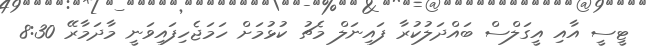
ޓީސީ އާއި އީގަލްސް ބައްދަލުކުރާ ފައިނަލް މެޗު ކުޅުމަށް ހަމަޖެހިފައިވަނީ މާދަމާރޭ 8:30